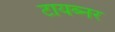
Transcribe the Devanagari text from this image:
टायब्नर